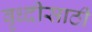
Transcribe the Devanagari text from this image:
वृध्दीसाठी